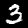
Digit: 3